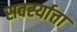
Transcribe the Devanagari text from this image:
सवर्स्यात्ता